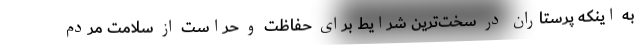
به اینکه پرستاران در سخت‌ترین شرایط برای حفاظت و حراست از سلامت مردم